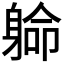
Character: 𨉟